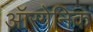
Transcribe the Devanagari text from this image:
ऑरगेनिक